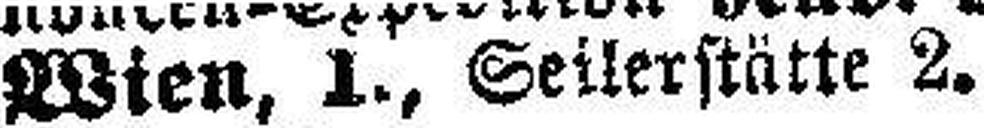
Wien, 1., Seilerstätte 2.